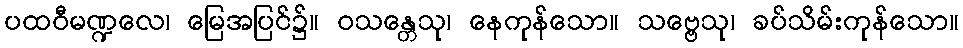
ပထဝီမဏ္ဍလေ၊ မြေအပြင်၌။ ဝသန္တေသု၊ နေကုန်သော။ သဗ္ဗေသု၊ ခပ်သိမ်းကုန်သော။